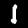
Digit: 1